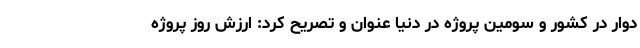
دوار در کشور و سومین پروژه در دنیا عنوان و تصریح کرد: ارزش روز پروژه